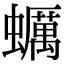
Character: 蠣